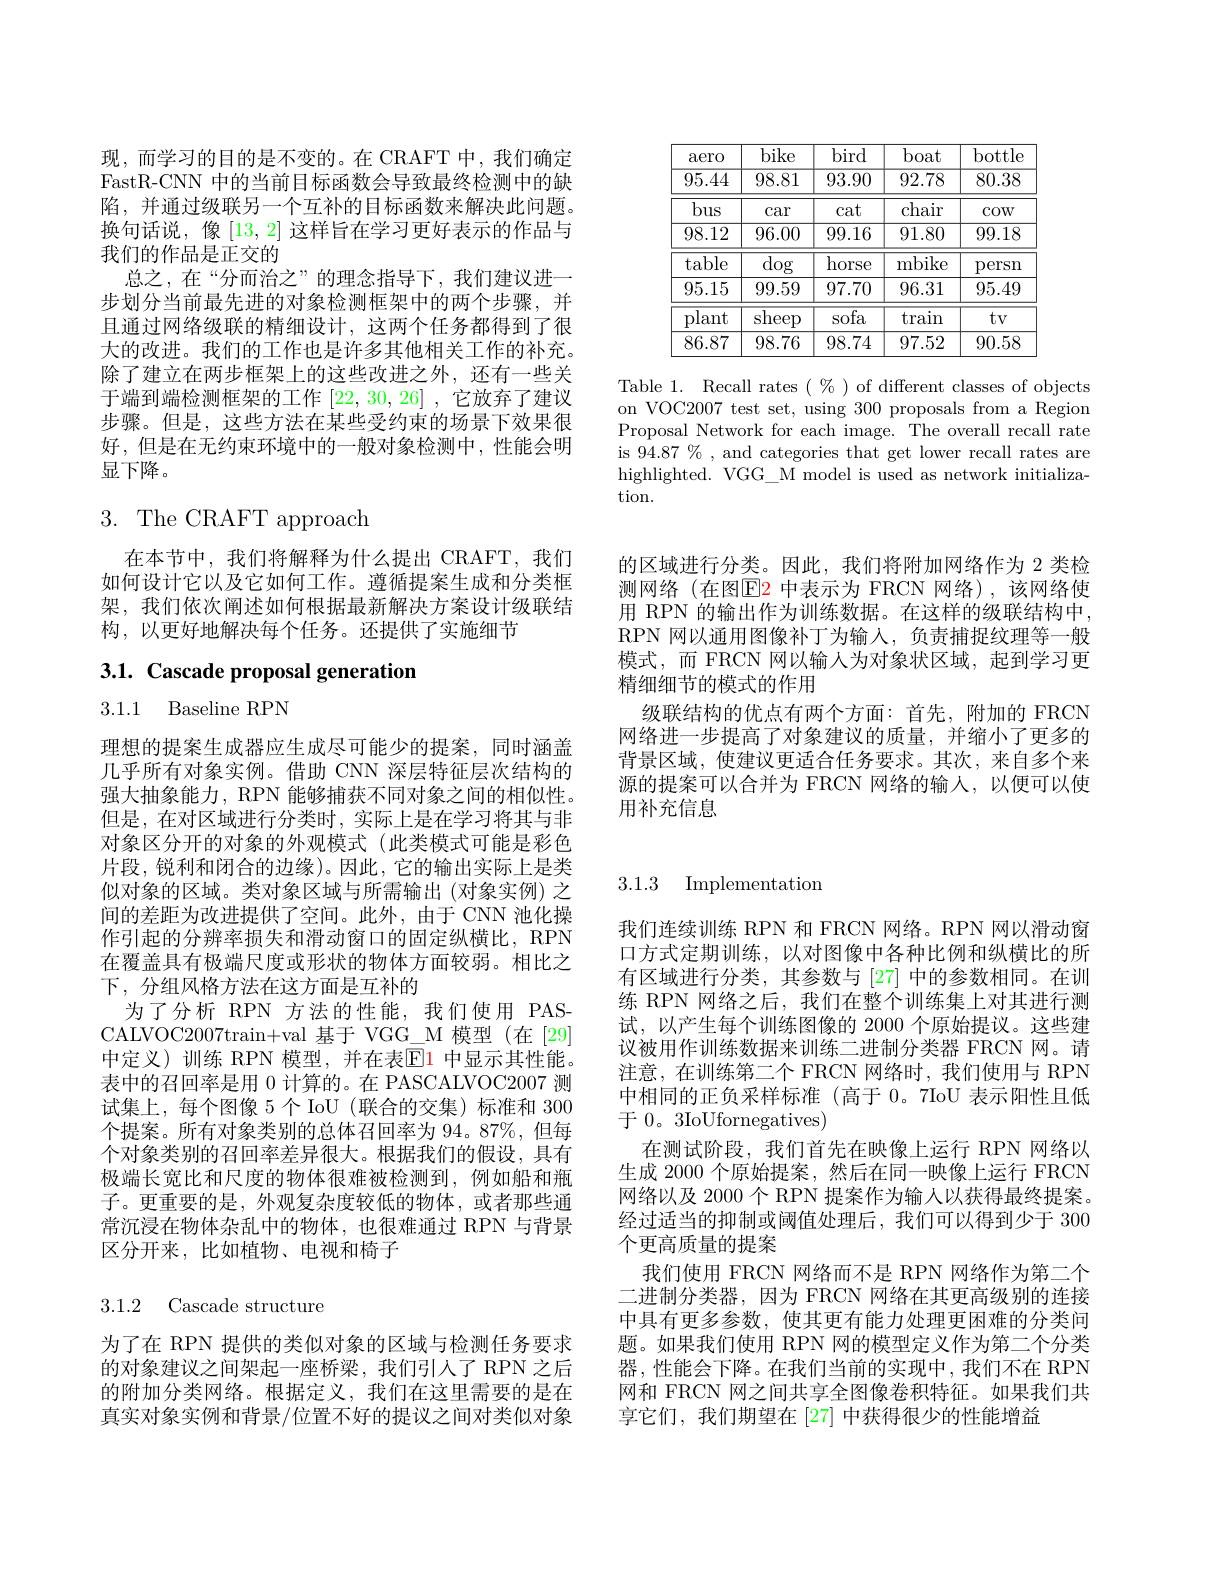
<table>
	<tbody>
		<tr>
			<th>aero</th>
			<th>bike</th>
			<th>bird</th>
			<th>boat</th>
			<th>$bottl\epsilon$</th>
		</tr>
		<tr>
			<td>95.44</td>
			<td>98.81</td>
			<td>93.90</td>
			<td>92.78</td>
			<td>80.38</td>
		</tr>
		<tr>
			<td>bus -</td>
			<td>$\operatorname{car}$</td>
			<td>cat</td>
			<td>chair</td>
			<td>$COW$</td>
		</tr>
		<tr>
			<td>98.12</td>
			<td>96.00</td>
			<td>99.16</td>
			<td>91.80</td>
			<td>99.18</td>
		</tr>
		<tr>
			<td>table</td>
			<td>$\overline{\mathrm{dog}}$</td>
			<td>horse</td>
			<td>mbike</td>
			<td>persn</td>
		</tr>
		<tr>
			<td>95.15</td>
			<td>99.59</td>
			<td>97.70</td>
			<td>96.31</td>
			<td>95.49</td>
		</tr>
		<tr>
			<td>plant</td>
			<td>$\overline{\mathrm{sheep}}$</td>
			<td>sofa</td>
			<td>train</td>
			<td>$tv$</td>
		</tr>
		<tr>
			<td>86.87</td>
			<td>98.76</td>
			<td>98.74</td>
			<td>97.52</td>
			<td>90.58</td>
		</tr>
	</tbody>
</table>

Table 1. Recall rates $(\%)$ of different classes of objects on VOC2007 test set, using 300 proposals from a Region Proposal Network for each image. The overall recall rate is 94.87% , and categories that get lower recall rates are highlighted. VGG\_M model is used as network initialization.

现，而学习的目的是不变的。在 CRAFT 中，我们确定FastR-CNN 中的当前目标函数会导致最终检测中的缺陷，并通过级联另一个互补的目标函数来解决此问题。换句话说，像[13,2]这样旨在学习更好表示的作品与我们的作品是正交的
总之，在“分而治之”的理念指导下，我们建议进一步划分当前最先进的对象检测框架中的两个步骤，并且通过网络级联的精细设计，这两个任务都得到了很大的改进。我们的工作也是许多其他相关工作的补充。除了建立在两步框架上的这些改进之外，还有一些关于端到端检测框架的工作[22,30,26] ,它放弃了建议步骤。但是，这些方法在某些受约束的场景下效果很好，但是在无约束环境中的一般对象检测中，性能会明显下降。

# 3. The CRAFT approach

在本节中，我们将解释为什么提出 CRAFT, 我们如何设计它以及它如何工作。遵循提案生成和分类框架，我们依次阐述如何根据最新解决方案设计级联结构，以更好地解决每个任务。还提供了实施细节

# 3.1. Cascade proposal generation

3.1.1 Baseline RPN

理想的提案生成器应生成尽可能少的提案，同时涵盖几乎所有对象实例。借助 CNN 深层特征层次结构的强大抽象能力，RPN 能够捕获不同对象之间的相似性。但是，在对区域进行分类时，实际上是在学习将其与非对象区分开的对象的外观模式(此类模式可能是彩色片段，锐利和闭合的边缘)。因此，它的输出实际上是类似对象的区域。类对象区域与所需输出(对象实例) 之间的差距为改进提供了空间。此外，由于 CNN 池化操作引起的分辨率损失和滑动窗口的固定纵横比，RPN 在覆盖具有极端尺度或形状的物体方面较弱。相比之下，分组风格方法在这方面是互补的
为了分析 RPN 方法的性能，我们使用 PASCALVOC2007train+val 基于 VGG\_M 模型 (在 [29] 中定义)训练 RPN 模型，并在表$\mathbb{E}$1 中显示其性能。表中的召回率是用 0 计算的。在 PASCALVOC2007 测试集上，每个图像 5 个 IoU (联合的交集)标准和 300个提案。所有对象类别的总体召回率为 94。87%, 但每个对象类别的召回率差异很大。根据我们的假设，具有极端长宽比和尺度的物体很难被检测到，例如船和瓶子。更重要的是，外观复杂度较低的物体，或者那些通常沉浸在物体杂乱中的物体，也很难通过 RPN 与背景区分开来，比如植物、电视和椅子

3.1.2 Cascade structure

为了在 RPN 提供的类似对象的区域与检测任务要求的对象建议之间架起一座桥梁，我们引人了 RPN 之后的附加分类网络。根据定义，我们在这里需要的是在真实对象实例和背景/位置不好的提议之间对类似对象

的区域进行分类。因此，我们将附加网络作为 2 类检测网络(在图E2 中表示为 FRCN 网络),该网络使用 RPN 的输出作为训练数据。在这样的级联结构中， RPN 网以通用图像补丁为输入，负责捕捉纹理等一般模式，而 FRCN 网以输人为对象状区域，起到学习更精细细节的模式的作用
级联结构的优点有两个方面：首先，附加的 FRCN 网络进一步提高了对象建议的质量，并缩小了更多的背景区域，使建议更适合任务要求。其次，来自多个来源的提案可以合并为 FRCN 网络的输入，以便可以使用补充信息

## 3.1.3 Implementation

我们连续训练 RPN 和 FRCN 网络。RPN 网以滑动窗口方式定期训练，以对图像中各种比例和纵横比的所有区域进行分类，其参数与[27]中的参数相同。在训练 RPN 网络之后，我们在整个训练集上对其进行测试，以产生每个训练图像的 2000 个原始提议。这些建议被用作训练数据来训练二进制分类器 FRCN 网。请注意，在训练第二个 FRCN 网络时，我们使用与 RPN 中相同的正负采样标准(高于 0。7IoU 表示阳性且低于 0。3IoUfornegatives)
在测试阶段，我们首先在映像上运行 RPN 网络以生成 2000 个原始提案，然后在同一映像上运行 FRCN 网络以及 2000 个 RPN 提案作为输人以获得最终提案。经过适当的抑制或阈值处理后，我们可以得到少于 300个更高质量的提案
我们使用 FRCN 网络而不是 RPN 网络作为第二个二进制分类器，因为 FRCN 网络在其更高级别的连接中具有更多参数，使其更有能力处理更困难的分类问题。如果我们使用 RPN 网的模型定义作为第二个分类器，性能会下降。在我们当前的实现中，我们不在 RPN 网和 FRCN 网之间共享全图像卷积特征。如果我们共享它们，我们期望在 [27] 中获得很少的性能增益